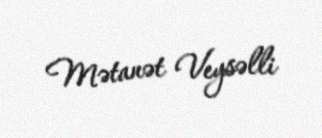
Mətanət Veysəlli